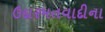
ઉદારમતવાદીના